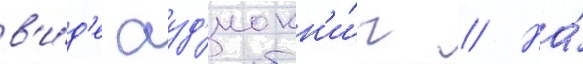
в'и́д'е ауд'иокн'и́г // На́